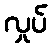
လှုပ်